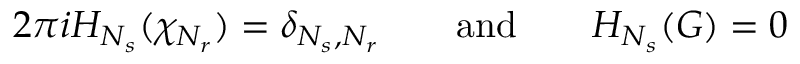
2 \pi i H _ { N _ { s } } ( \chi _ { N _ { r } } ) = \delta _ { N _ { s } , N _ { r } } \qquad \mathrm { { a n d } } \qquad H _ { N _ { s } } ( G ) = 0